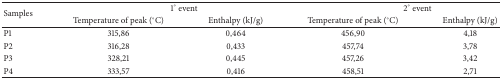
<table><thead><tr><td rowspan="2"><b>Samples</b></td><td colspan="2"><b> 1° event</b></td><td colspan="2"><b> 2° event</b></td></tr><tr><td><b>Temperature of peak (°C)</b></td><td><b>Enthalpy (kJ/g)</b></td><td><b>Temperature of peak (°C)</b></td><td><b>Enthalpy (kJ/g)</b></td></tr></thead><tbody><tr><td>P1</td><td>315,86</td><td>0,464</td><td>456,90</td><td>4,18</td></tr><tr><td>P2</td><td>316,28</td><td>0,433</td><td>457,74</td><td>3,78</td></tr><tr><td>P3</td><td>328,21</td><td>0,445</td><td>457,26</td><td>3,42</td></tr><tr><td>P4</td><td>333,57</td><td>0,416</td><td>458,51</td><td>2,71</td></tr></tbody></table>